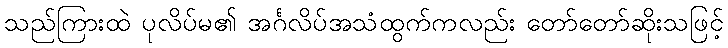
သည်ကြားထဲ ပုလိပ်မ၏ အင်္ဂလိပ်အသံထွက်ကလည်း တော်တော်ဆိုးသဖြင့်